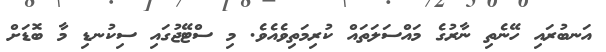
އަނބުރައި ހޭނެތި ނާރުގެ މައްސަލަތައް ކުރިމަތިވެއެވެ. މި ސްޓޭޖުގައި ސިކުނޑި މާ ބޮޑަށް